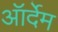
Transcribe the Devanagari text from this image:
ऑर्देम